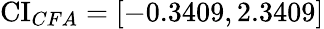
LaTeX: \operatorname{CI}_{CFA}=[-0.3409,2.3409]